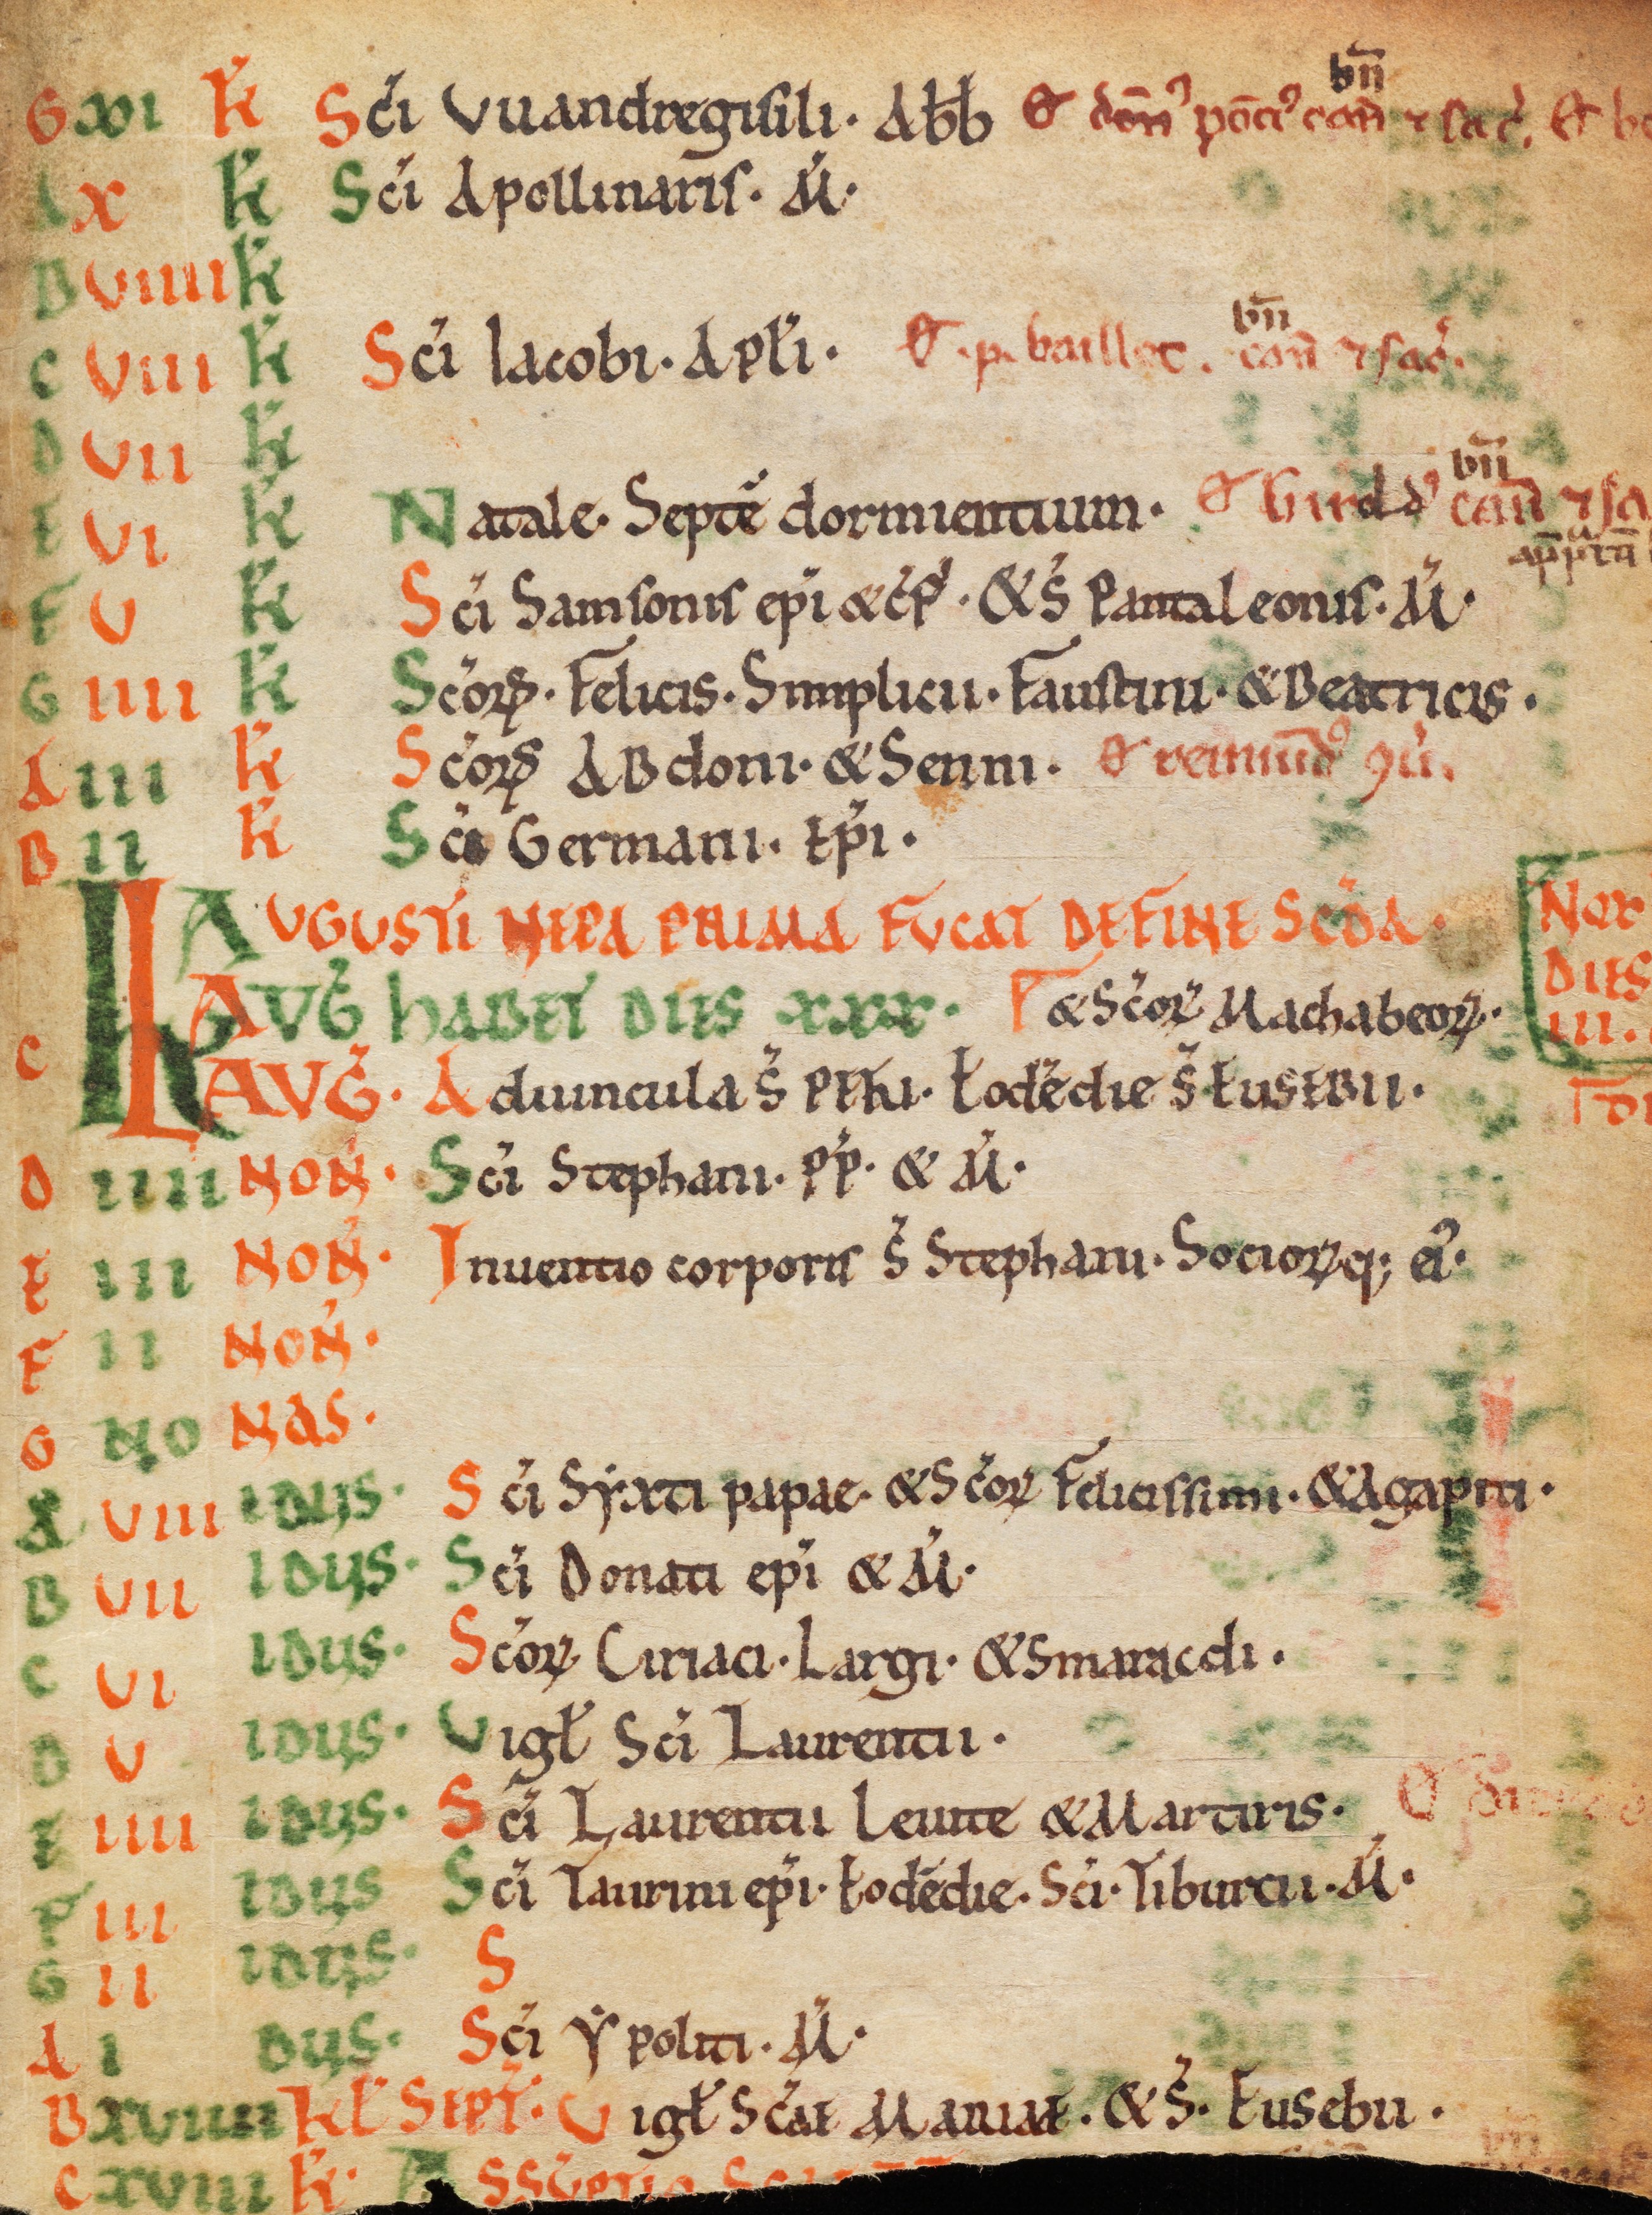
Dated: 1075–1115